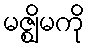
မဇ္ဈိမကို